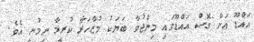
އައްޑޫ އަށް ގޮސް އައްޑޫގައި މިންޖުވާ ބަޔަކު މުޒާހަރާ ކުރީމާ ނިމުނީ އެވެ.